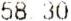
58.30